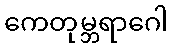
ကေတုမ္ဘရာဂေါ